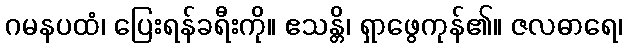
ဂမနပထံ၊ ပြေးရန်ခရီးကို။ ဧသန္တိ၊ ရှာဖွေကုန်၏။ ဇလဓာရေ၊